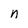
Character: n